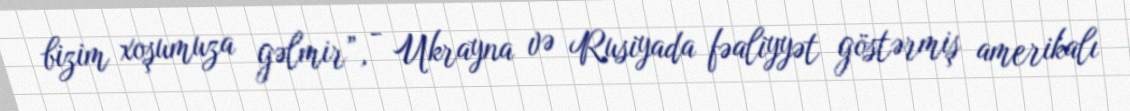
bizim xoşumuza gəlmir”, - Ukrayna və Rusiyada fəaliyyət göstərmiş amerikalı